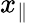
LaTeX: x_{\| }